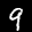
Label: 9